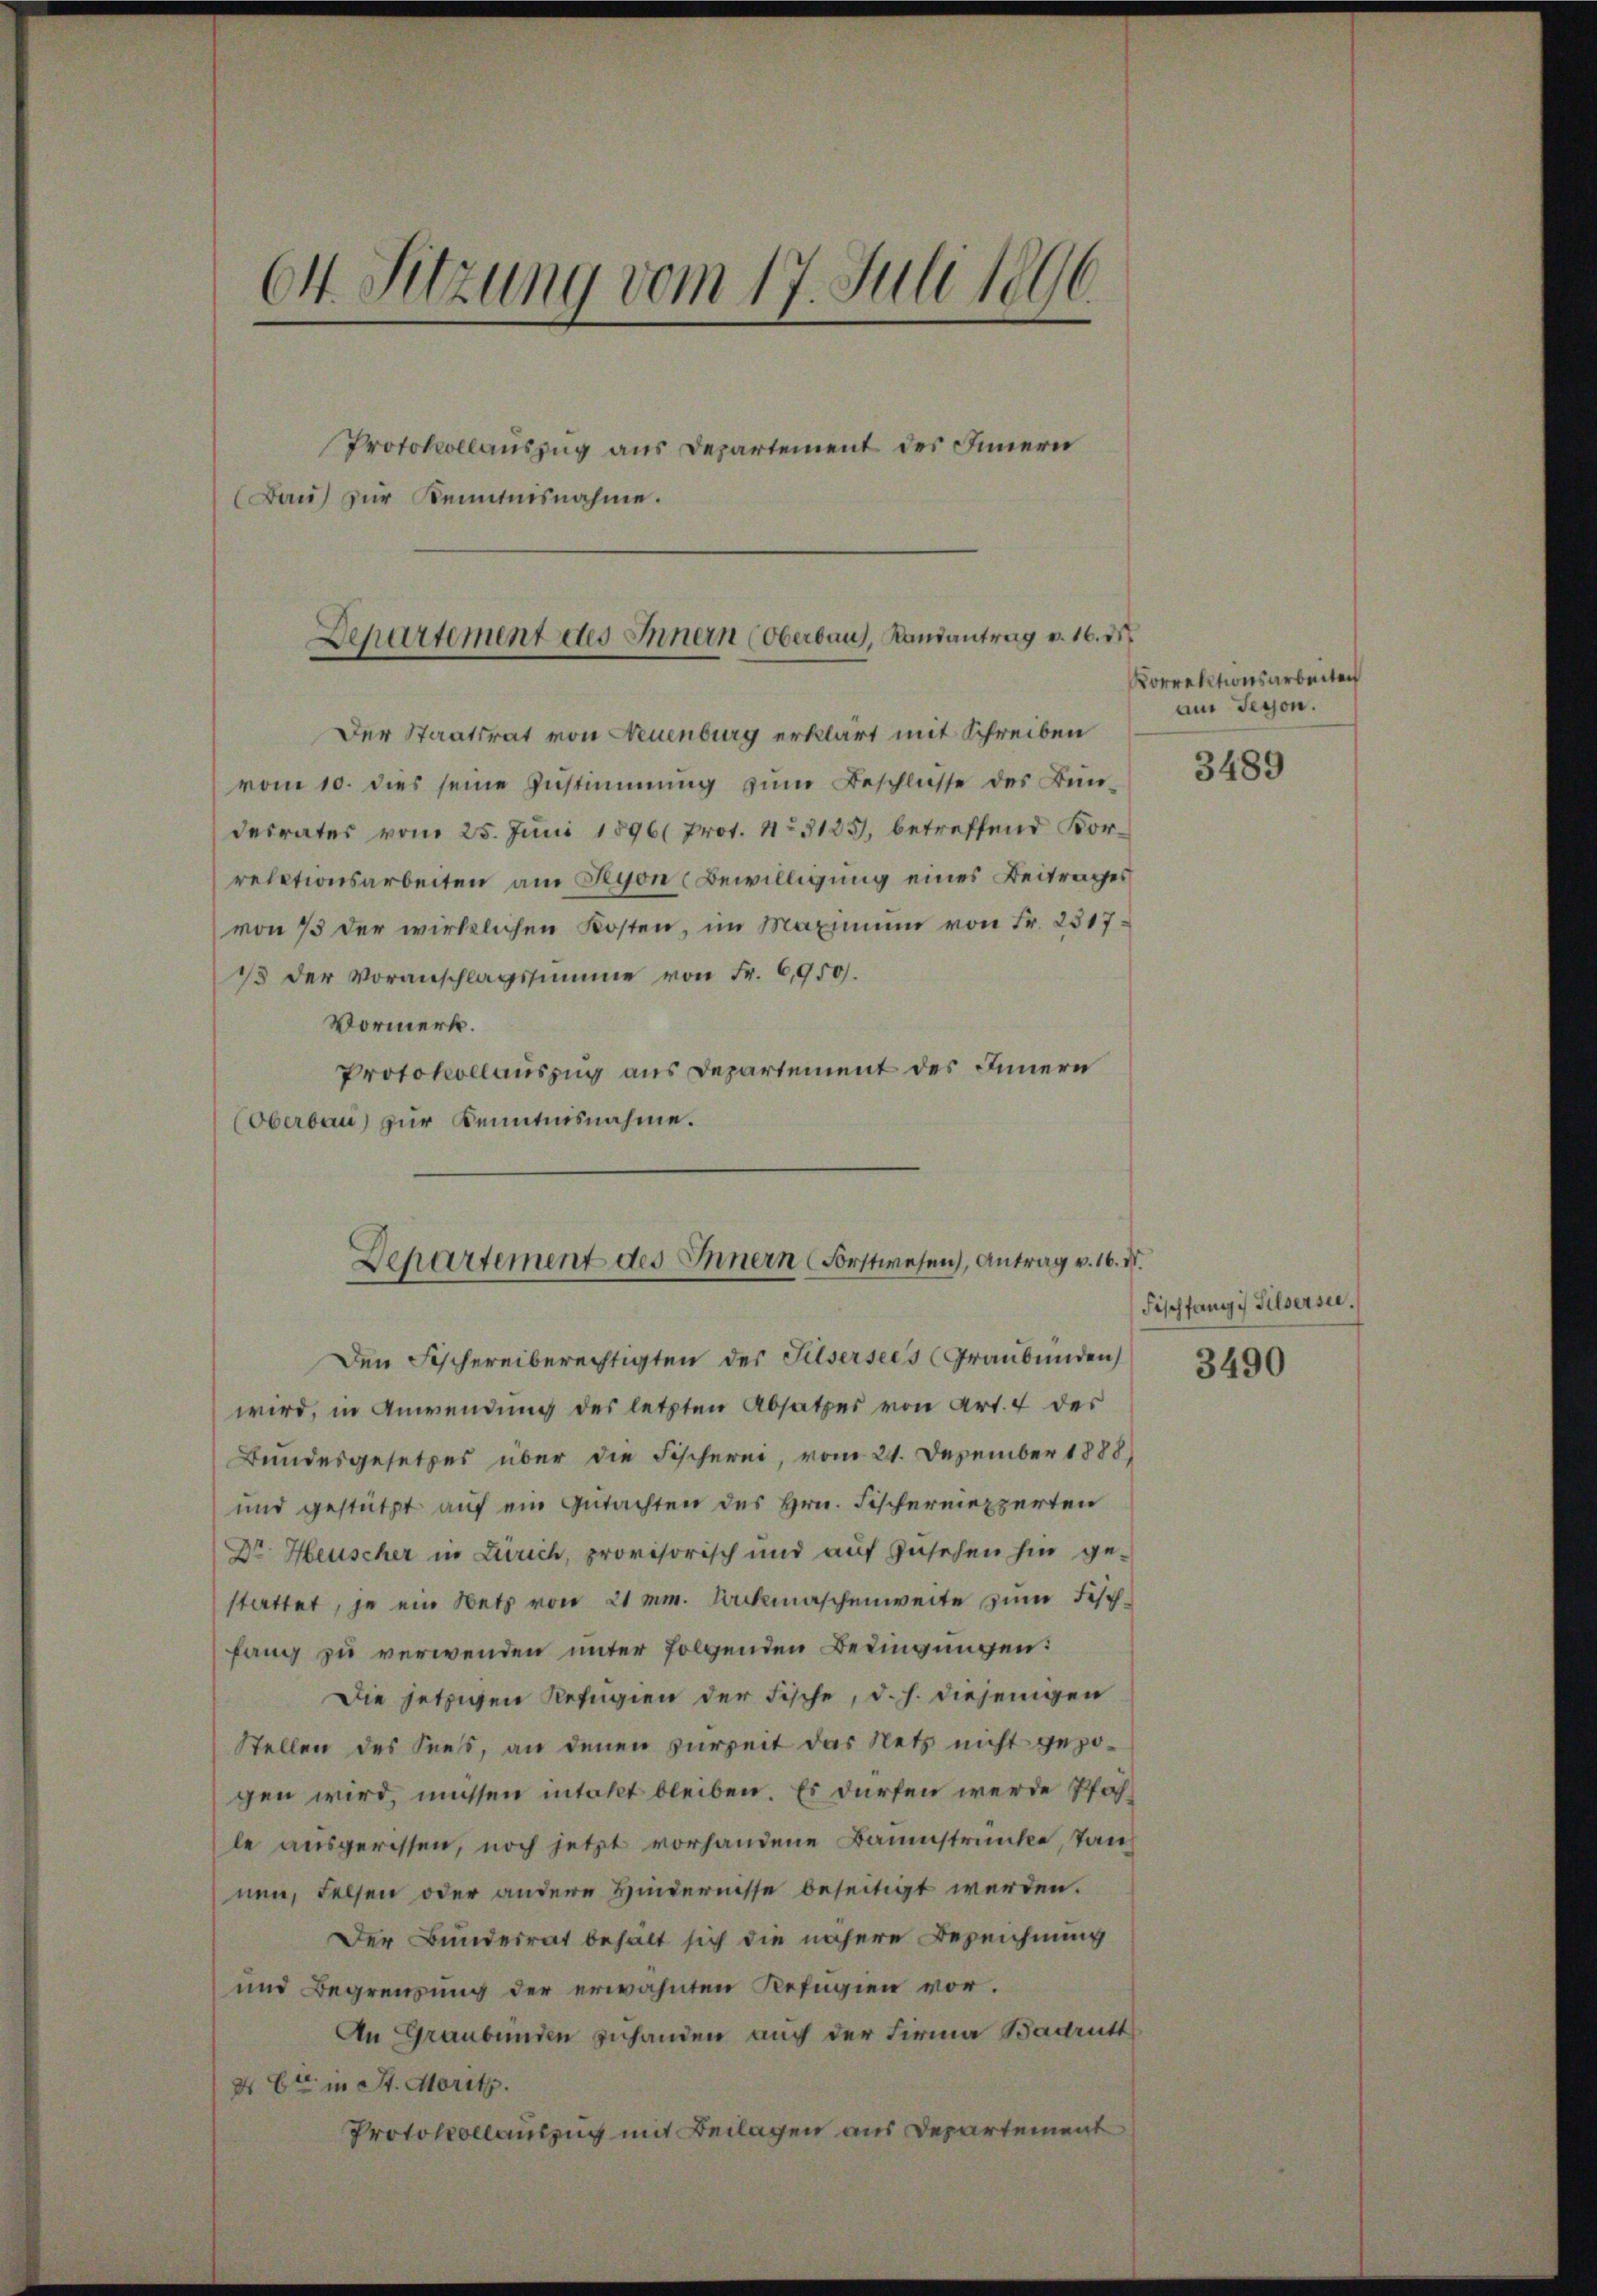
64. Sitzung vom 17. Juli 1896.

Bau) zur Kenntnisnahme.

Protokollauszug aus Departement des Innern

Der Staatsrat von Neuenburg erklärt mit Schreiben
vom 10. dies seine Zustimmung zum Beschlusse des Bundesrates vom 25. Juni 1896 Prot. 11. 3133, betreffend Korrelationsarbeiten am Hyon (Bewilligung eines Beitrages
von 73 der wirklichen Kosten, im Maximum von Fr. 2517
13 der Voranschlagssumme von Fr. 6,950.
Vormerk.
Protokollauszug aus Departement des Innern
(Oberbau) zur Kenntnisnahme.
Den Fischereiberechtigten der Silsersees (Graubünden
wird, in Anwendung des letzten Absatzes von Art. 4 des
Bundesgesetzes über die Fischerei, vom 21. Dezember 1888)
und gestützt auf ein Gutachten des Hrn. Fischermexperten
Dr. Heuscher in Zürich, provisorisch und auf zusehen hin ge-
stattet, je ein Netz von 21 mm. Dickmaschenweite zum Fisch-
fang zu verwenden unter folgenden Bedingungen:
Die jetzigen Refugien der Fische, d. h. diejenigen
Stellen des Sees, an denen zurzeit das Netz nicht gezogen wird, müssen intakt bleiben. Es dürfen werde Pfähle ausgerissen, noch jetzt vorhandene Baumstrünke, Tanz
nen, Felsen oder andere Hindernisse beseitigt werden.
Der Bunderrat behält sich die nähere Bezeichnung
und Begrenzung der erwähnten Refugien vor.
An Graubünden zuhanden auch der Firma Badrutt
N 6ten in St. Moritz.
Protokollauszug mit Beilagen aus Departement

Departement des Innern (Oberbau, Randantrag v. 16. de

Departement des Innern Forstwesen), Antrag v. 16. N.

Korrektionsarbeiten
am Gegen.

3489

Fischfangs Pilsersee.

3490